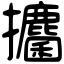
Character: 攟